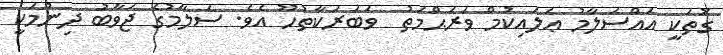
ގޮތަކީ އައްސަލާމު ޢަލައިކުމް ވަރަޙްމަތު  ވަބަރަކާތުހޫ އެވެ. ސަލާމުގެ ޖަވާބު ދިނުމަކީ